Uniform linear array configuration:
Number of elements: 32
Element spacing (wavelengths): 1
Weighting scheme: hann
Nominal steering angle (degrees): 30
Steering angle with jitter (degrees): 30.188
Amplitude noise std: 0.05
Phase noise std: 0.05

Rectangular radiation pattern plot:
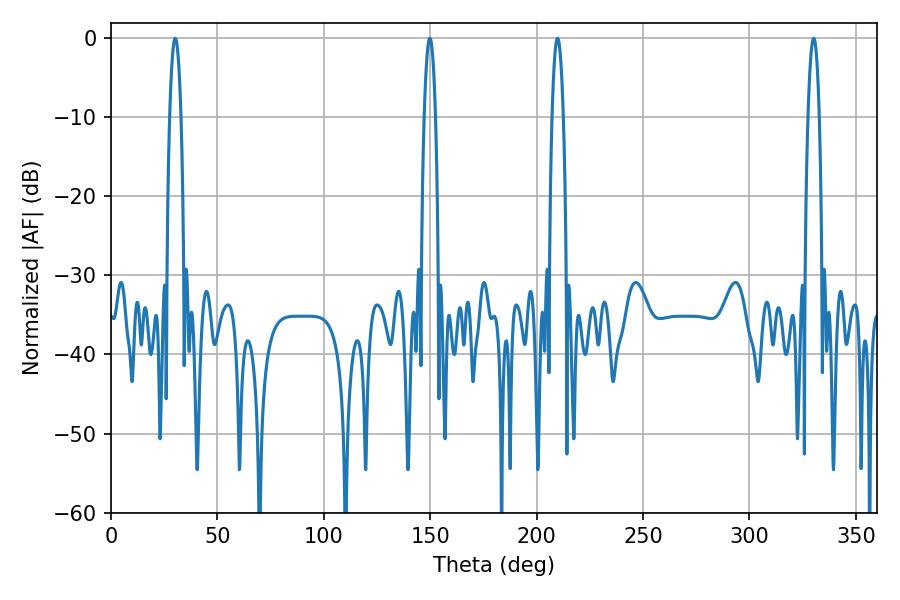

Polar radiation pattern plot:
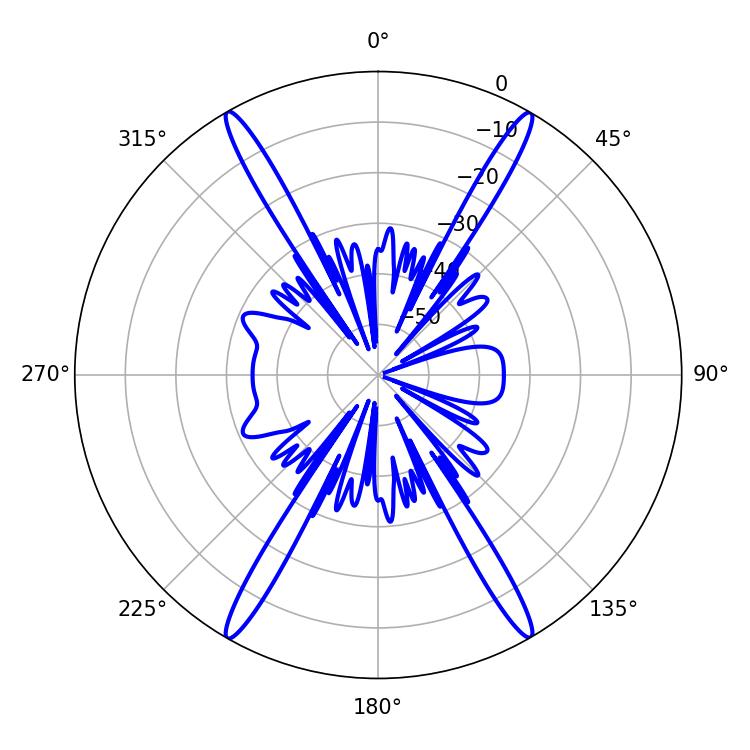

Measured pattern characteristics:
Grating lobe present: TRUE
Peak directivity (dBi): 35.4
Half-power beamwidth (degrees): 2.88
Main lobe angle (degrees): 30.24